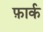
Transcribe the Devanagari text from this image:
फ़ार्क